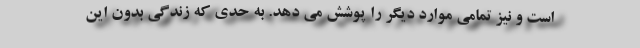
است و نیز تمامی موارد دیگر را پوشش می دهد. به حدی که زندگی بدون این